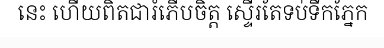
នេះ ហើយពិតជារំភើបចិត្ត ស្ទើរតែទប់ទឹកភ្នែក